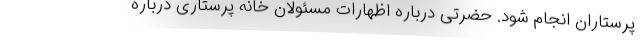
پرستاران انجام شود. حضرتی درباره اظهارات مسئولان خانه پرستاری درباره